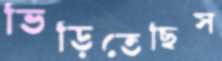
ভিড়িতেছিস